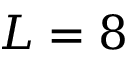
L = 8